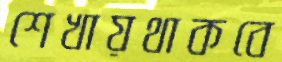
শেখায়থাকবে